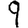
Digit: 9